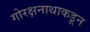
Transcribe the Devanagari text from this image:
गोरक्षनाथाकडून